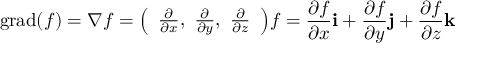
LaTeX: \operatorname { g r a d } ( f ) = \nabla f = { \left( \begin{array} { l } { { \frac { \partial } { \partial x } } , \ { \frac { \partial } { \partial y } } , \ { \frac { \partial } { \partial z } } } \end{array} \right) } f = { \frac { \partial f } { \partial x } } \mathbf { i } + { \frac { \partial f } { \partial y } } \mathbf { j } + { \frac { \partial f } { \partial z } } \mathbf { k }